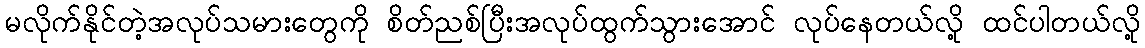
မလိုက်နိုင်တဲ့အလုပ်သမားတွေကို စိတ်ညစ်ပြီးအလုပ်ထွက်သွားအောင် လုပ်နေတယ်လို့ ထင်ပါတယ်လို့